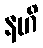
နဟိ